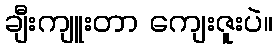
ချီးကျူးတာ ကျေးဇူးပဲ။